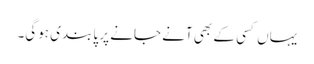
یہاں کسی کے بھی آنے جانے پر پابندی ہوگی۔